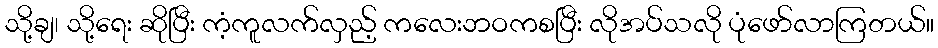
သို့ချ၊ သို့ရေး ဆိုပြီး ကံ့ကူလက်လှည့် ကလေးဘဝကစပြီး လိုအပ်သလို ပုံဖော်လာကြတယ်။